Leaving Certificate, 1901
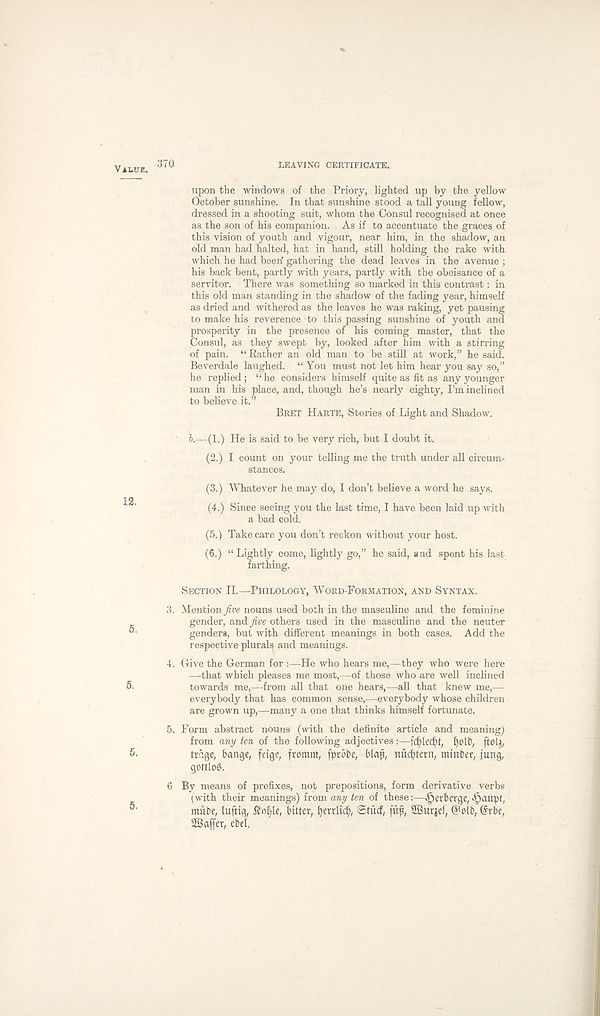
Value. 370
LEAVING CERTIFICATE.
upon the windows of the Priory, lighted up by the yellow
October sunshine. In that sunshine stood a tall young fellow,
dressed in a shooting suit, whom the Consul recognised at once
as the son of his companion. As if to accentuate the graces of
this vision of youth and vigour, near him, in the shadow, an
old man had halted, hat in hand, still holding the rake with
which he had beeri gathering the dead leaves in the avenue ;
his back bent, partly with years, partly with the obeisance of a
servitor. There was something so marked in this contrast: in
this old man standing in the shadow of the fading year, himself
as dried and withered as the leaves he was raking, yet pausing
to make his reverence • to this passing sunshine of youth and
prosperity in the presence of his coming master, that the
Consul, as they swept by, looked after him with a stirring
of pain. “Rather an old man to be still at work,” he said.
Beverdale laughed. “ You must not let him hear you say so,”
he replied; “he considers himself quite as fit as any younger
man in his place, and, though he’s nearly eighty, I’m inclined
to believe it.” Bret Harte, Stories of Light and Shadow.
b.—(1.) He is said to be very rich, but I doubt it.
(2.) I count on your telling me the truth under all circum-
stances.
(3.) Whatever he may do, I don’t believe a word he says.
12
(4.) Since seeing you the last time, I have been laid up with
a bad cold.
(5.) Take care you don’t reckon without your host.
(6.) “Lightly come, lightly go,” he said, and spent his last
farthing.
Section II.—Philology, Word-Formation, and Syntax.
3. Mention five nouns used both in the masculine and the feminine
gender, a,n&five others used in the masculine and the neuter
5 '
genders, but with different meanings in both cases. Add the
respective plurals and meanings.
4. Give the German for :—He who hears me,—they who were here
—that which pleases me most,—of those who are well inclined
5-
towards me,—from all that one hears,—all that knew me,—
everybody that has common sense,—-everybody whose children
are grown up,—many a one that thinks himself fortunate.
5. Form abstract nouns (with the definite article and meaning)
from any ten of the following adjectives :—fcffiecfh, f)oU>, ftDlj,
5.
trage, bcmge, fetge, fromm, [probe, blap, nudjtern, minber, jung,
gottloA
6 By means of prefixes, not prepositions, form derivative verbs
(with their meanings) from any ten of these:—^erberge, >[)aitpt,
mube, lufitg, ^ofyle, bitter, perrlicp, ©tiicf, flip, 2Bur$ef, @olb, @rbe,
Staffer, ebel.